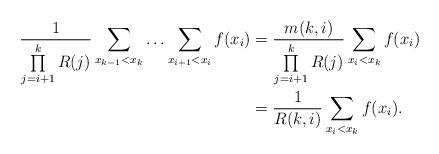
LaTeX: \begin{align*} \frac{1}{\prod\limits_{j=i+1}^k R(j)} \sum\limits_{x_{k-1}<x_k}\ldots\sum\limits_{x_{i+1}<x_i} f(x_i) &= \frac{m(k,i)}{\prod\limits_{j=i+1}^k R(j)}\sum\limits_{x_{i}<x_{k}} f(x_i)\\ &=\frac{1}{R(k,i)}\sum\limits_{x_{i}<x_{k}} f(x_i).\end{align*}